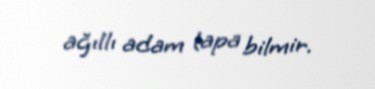
ağıllı adam tapa bilmir.